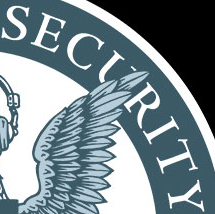
SECURITY